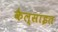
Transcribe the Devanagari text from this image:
कैल्साइत